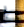
ط